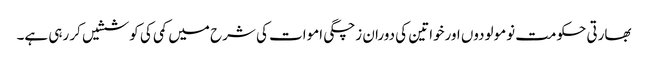
بھارتی حکومت نومولودوں اورخواتین کی دوران زچگی اموات کی شرح میں کمی کی کوششیں کر رہی ہے۔